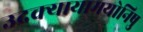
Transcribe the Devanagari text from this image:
उदक्यायामयोनिषु